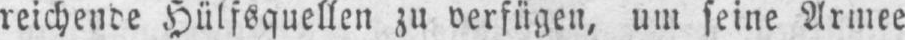
reichende Hülfsquellen zu verfügen, um seine Armee